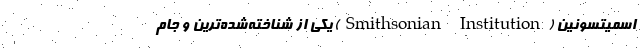
اسمیتسونین (Smithsonian Institution) یکی از شناخته‌شده‌ترین و جام